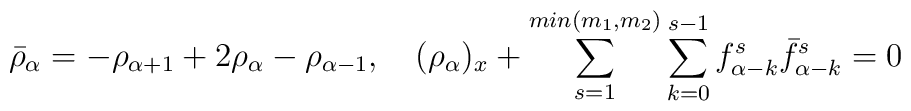
\bar \rho_{\alpha}=-\rho_{\alpha+1}+2\rho_{\alpha}-\rho_{\alpha-1},\quad(\rho_{\alpha})_x+\sum_{s=1}^{min(m_1,m_2)}\sum_{k=0}^{s-1}f^s_{\alpha-k}\bar f^s_{\alpha-k}=0